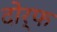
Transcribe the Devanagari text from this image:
दोर्फ